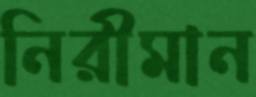
নিরীমান